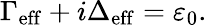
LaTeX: \Gamma_{\mathrm{eff}}+i\Delta_{\mathrm{eff}}=\varepsilon_{0}.